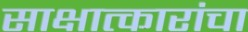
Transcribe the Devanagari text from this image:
साक्षात्कारांचा